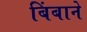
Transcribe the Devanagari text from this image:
बिंबाने